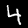
Digit: 4